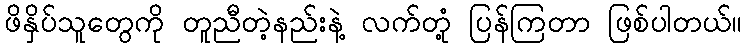
ဖိနှိပ်သူတွေကို တူညီတဲ့နည်းနဲ့ လက်တုံ့ ပြန်ကြတာ ဖြစ်ပါတယ်။